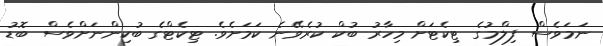
ނަމަވެސް ފިލްމުގެ ޓިކެޓަށް މިހާރު ބުކް ކުރެވޭނެ ކަމަށެވެ. ޓިކެޓްގެ ބުކިންނަށްވެސް ބޮޑު